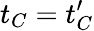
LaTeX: t_{C}=t_{C}^{\prime}